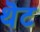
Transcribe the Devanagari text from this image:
थॆट